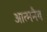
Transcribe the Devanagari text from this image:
आत्मनैव